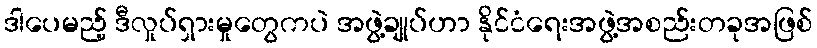
ဒါပေမည့် ဒီလှုပ်ရှားမှုတွေကပဲ အဖွဲ့ချုပ်ဟာ နိုင်ငံရေးအဖွဲ့အစည်းတခုအဖြစ်